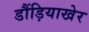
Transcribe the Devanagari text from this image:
डौंड़ियाखेर